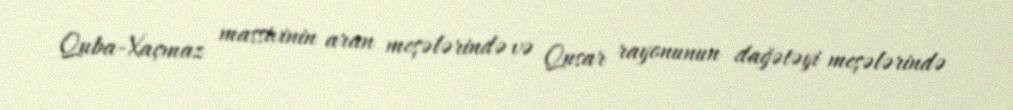
Quba-Xaçmaz massivinin aran meşələrində və Qusar rayonunun dağətəyi meşələrində